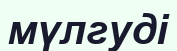
мүлгуді